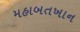
મહાબતખાન